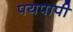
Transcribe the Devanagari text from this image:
पयपापी